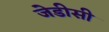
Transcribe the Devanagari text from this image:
जेडीसी